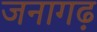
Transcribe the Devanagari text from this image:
जनागढ़